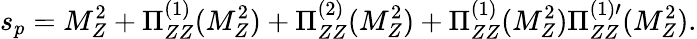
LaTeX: s_{p}=M_{Z}^{2}+\Pi_{ZZ}^{(1)}(M_{Z}^{2})+\Pi_{ZZ}^{(2)}(M_{Z}^{2})+\Pi_{ZZ}^{(1)}(M_{Z}^{2})\Pi_{ZZ}^{(1)\prime}(M_{Z}^{2}).